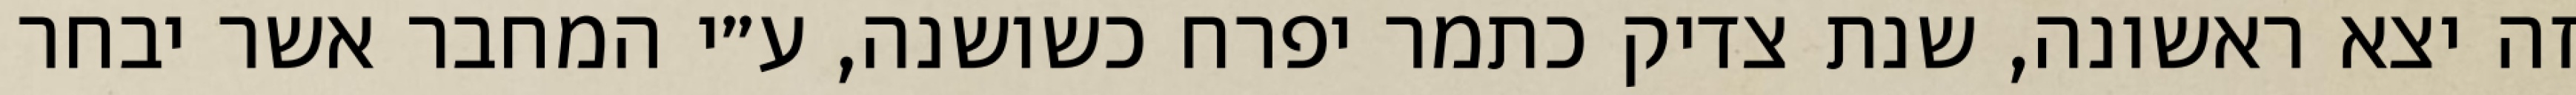
זה יצא ראשונה, שנת צדיק כתמר יפרח כשושנה, ע״י המחבר אשר יבחר